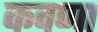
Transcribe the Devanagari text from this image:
कवणा